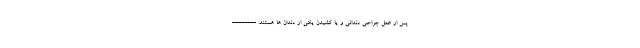
پس از عمل جراحی دندانی و یا کشیدن یکی از دندان ها هستند. --------